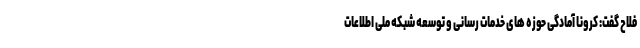
فلاح گفت: کرونا آمادگی حوزه های خدمات رسانی و توسعه شبکه ملی اطلاعات